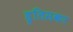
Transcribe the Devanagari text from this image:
हृतिसकर